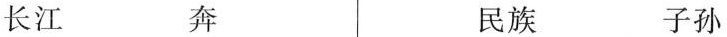
长江 奔 民族 子孙